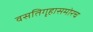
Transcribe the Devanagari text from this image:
वसतिगृहासमोरच